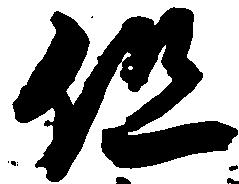
但